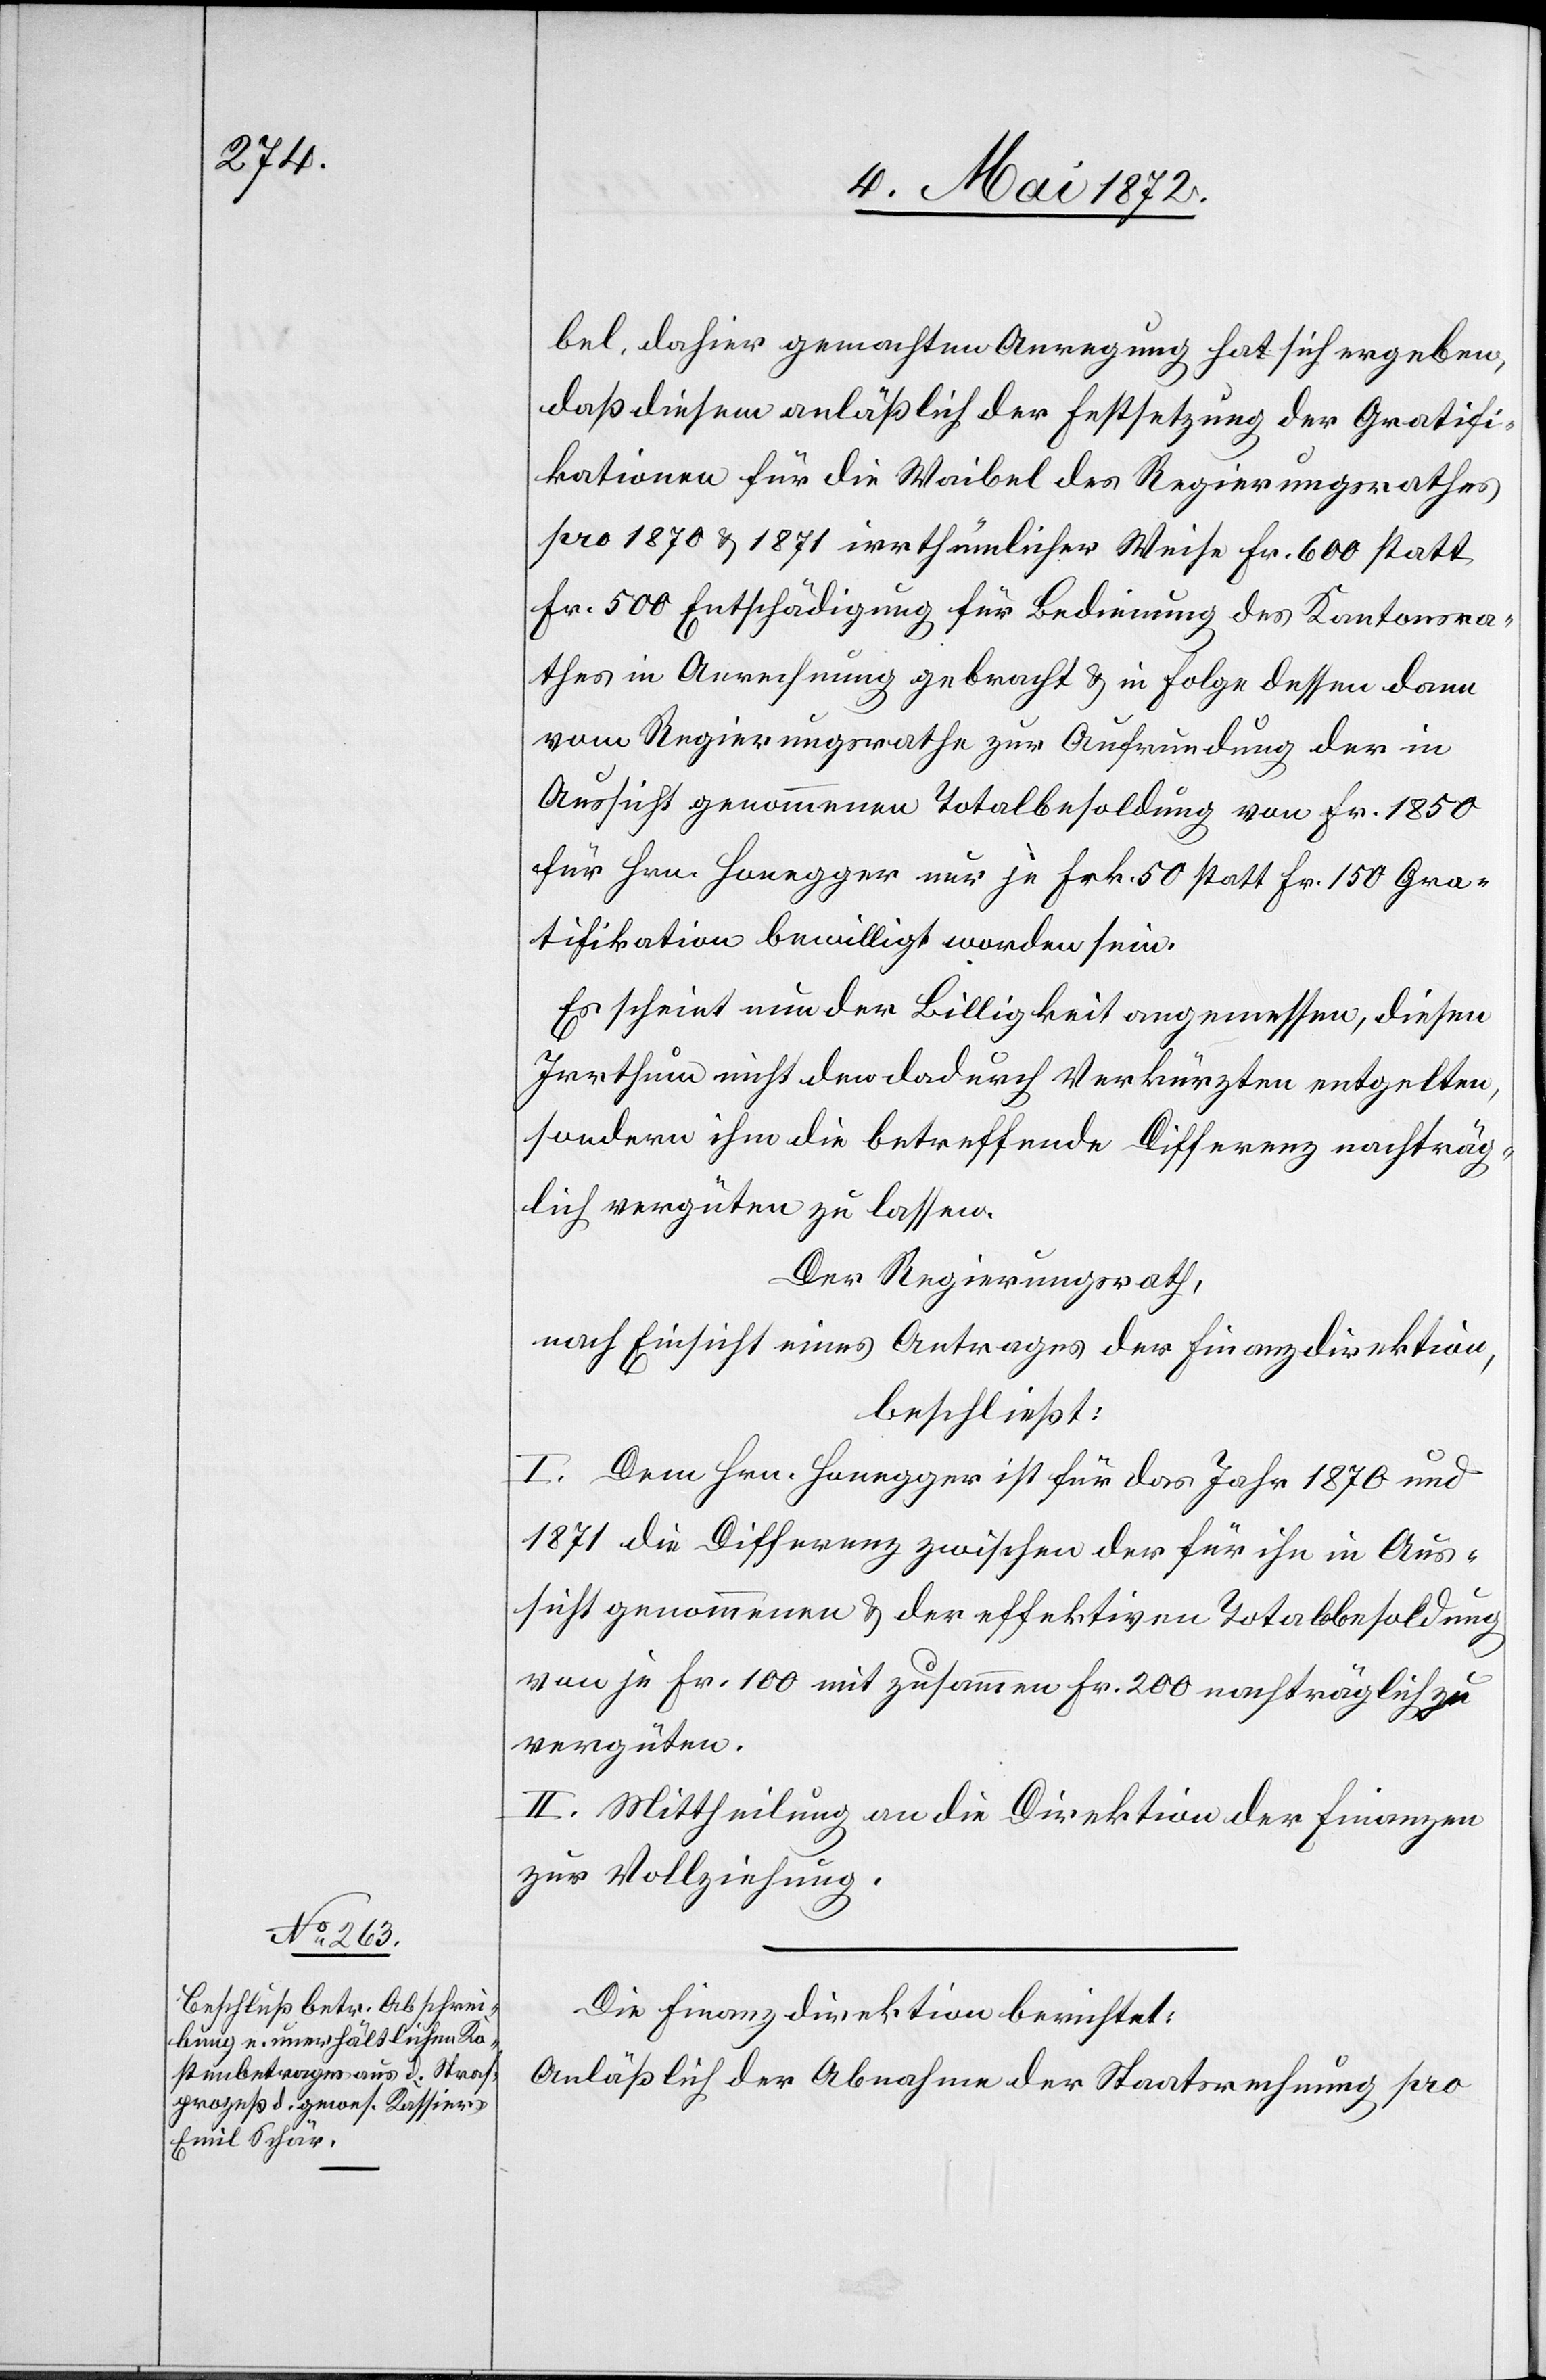
bel, dahier gemachten Anregung hat sich ergeben,
daß diesem anläßlich der Festsetzung der Gratifi¬
kationen für die Waibel des Regierungsrathes
pro 1870 u. 1871 irrthümlicher Weise Fr. 600 statt
Fr. 500 Entschädigung für Bedienung des Kantonsra¬
thes in Anrechnung gebracht u. in Folge dessen dann
vom Regierungsrathe zur Aufrundung der in
Aussicht genommenen Totalbesoldung von Fr. 1850
für Hrn. Honegger nur je Frk. 50 statt Fr. 150 Gra¬
tifikation bewilligt worden sein.
Es scheint nun der Billigkeit angemessen, diesen
Irrthum nicht den dadurch Verkürzten entgelten,
sondern ihm die betreffende Differenz nachträg¬
lich vergüten zu lassen.
Der Regierungsrath,
nach Einsicht eines Antrages der Finanzdirektion,
beschließt:
I. Dem Hrn. Honegger ist für das Jahr 1870 und
1871 die Differenz zwischen der für ihn in Aus¬
sicht genommenen u. der effektiven Totalbesoldung
von je Frk. 100 mit zusammen Fr. 200 nachträglich zu
vergüten.
II. Mittheilung an die Direktion der Finanzen
zur Vollziehung.
Die Finanzdirektion berichtet:
Anläßlich der Abnahme der Staatsrechnung pro